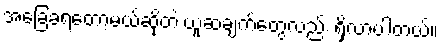
အခြေခံရတော့မယ်ဆိုတဲ့ ယူဆချက်တွေလည်း ရှိလာပါတယ်။